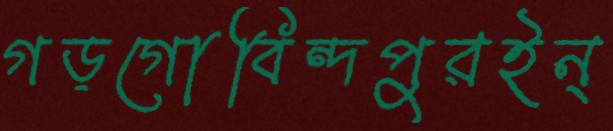
গড়গোবিন্দপুরইন্